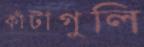
কাঁটাগুলি